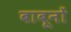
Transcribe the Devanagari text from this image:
बाबूनों